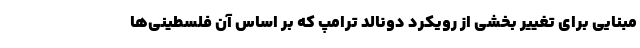
مبنایی برای تغییر بخشی از رویکرد دونالد ترامپ که بر اساس آن فلسطینی‌ها